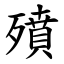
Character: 㱵